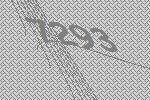
7293